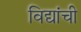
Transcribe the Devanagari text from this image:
विद्यांची